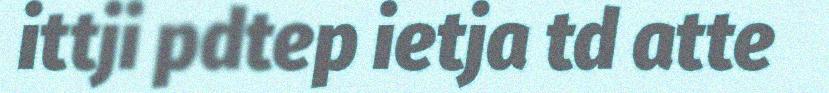
ittji pdtep ietja td atte